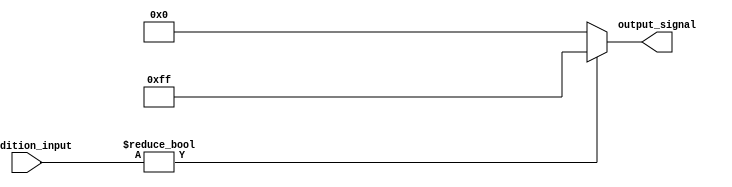
module conditional_assignment (
    input wire [3:0] condition_input, // Input condition (4-bit wide)
    output reg [7:0] output_signal     // Output signal (8-bit wide)
);

// Always block for combinational logic
always @(*) begin
    // Conditional operator assignment
    output_signal = (condition_input != 4'b0000) ? 8'b11111111 : 8'b00000000;
end

endmodule